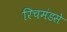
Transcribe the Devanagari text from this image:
रिचमंडसे